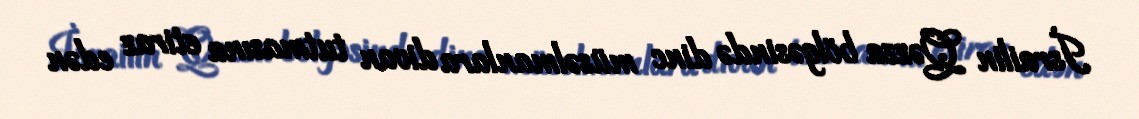
İsrailin Qəzza bölgəsində dinc müsəlmanlara divan tutmasına etiraz edən